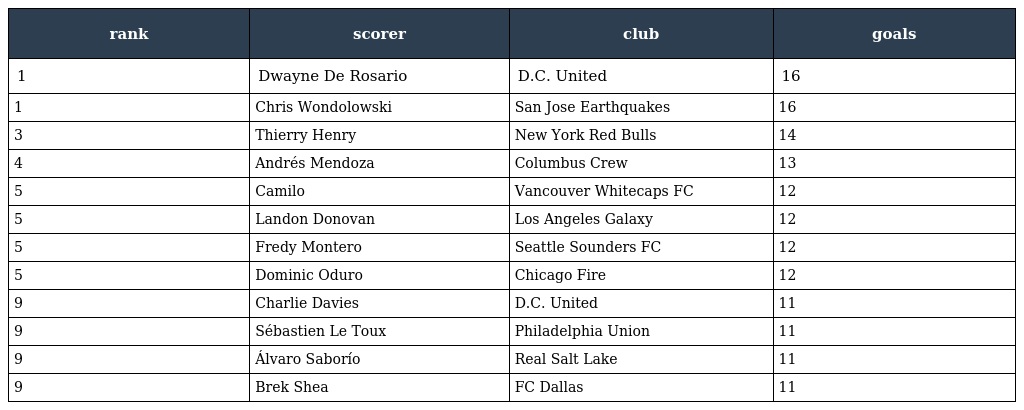
| rank | scorer | club | goals |
 | --- | --- | --- | --- |
 | 1 | Dwayne De Rosario | D.C. United | 16 |
 | 1 | Chris Wondolowski | San Jose Earthquakes | 16 |
 | 3 | Thierry Henry | New York Red Bulls | 14 |
 | 4 | Andrés Mendoza | Columbus Crew | 13 |
 | 5 | Camilo | Vancouver Whitecaps FC | 12 |
 | 5 | Landon Donovan | Los Angeles Galaxy | 12 |
 | 5 | Fredy Montero | Seattle Sounders FC | 12 |
 | 5 | Dominic Oduro | Chicago Fire | 12 |
 | 9 | Charlie Davies | D.C. United | 11 |
 | 9 | Sébastien Le Toux | Philadelphia Union | 11 |
 | 9 | Álvaro Saborío | Real Salt Lake | 11 |
 | 9 | Brek Shea | FC Dallas | 11 |